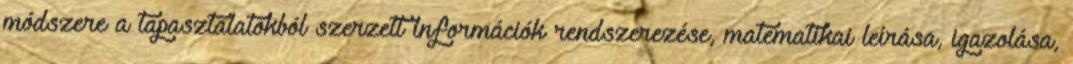
módszere a tapasztalatokból szerzett információk rendszerezése, matematikai leírása, igazolása,